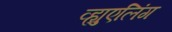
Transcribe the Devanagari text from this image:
व्ह्युएलिंग